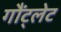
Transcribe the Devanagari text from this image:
गौंट्लेट